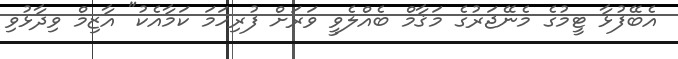
އެބޭފުޅާ ޓީމުގެ މެނޭޖަރުގެ މަޤާމް ބެއްލެވީ ވަރަށް ފުރިހަމަ ކަމާއެކު" އާޒިމް ވިދާޅުވި